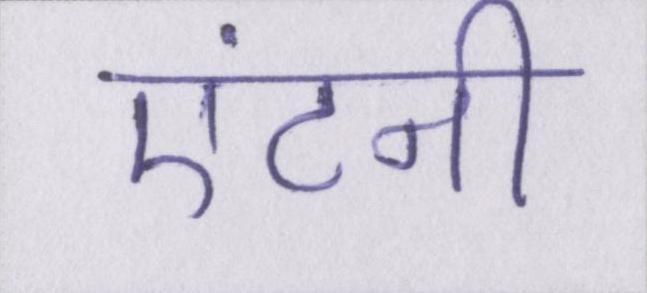
एंटनी